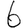
Digit: 6